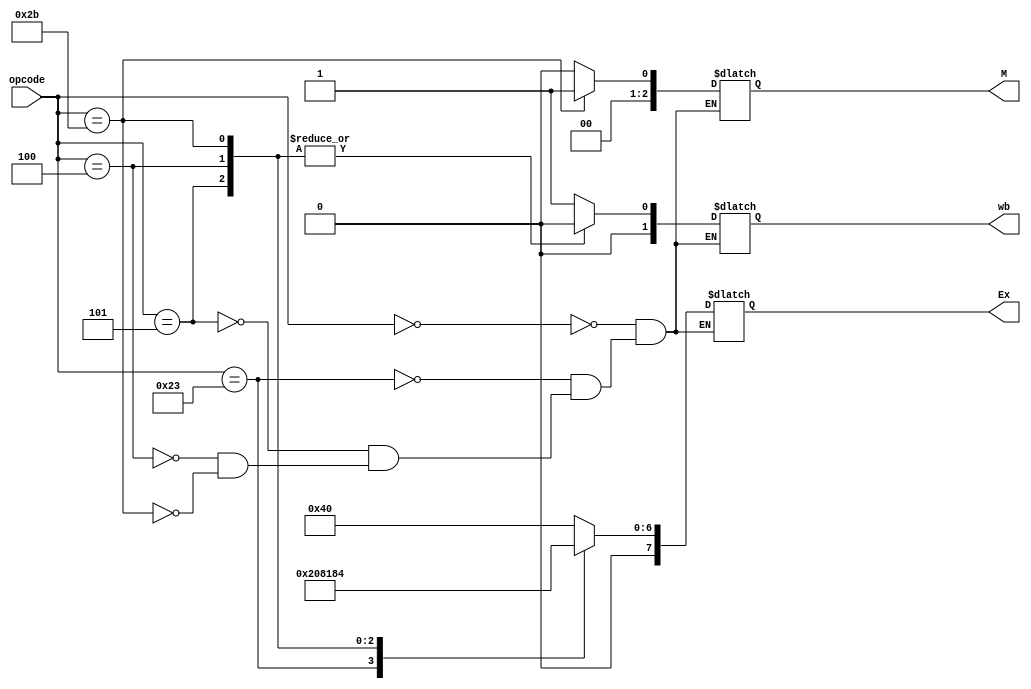
module control_unit(opcode,wb,M,Ex
    );
	 input [5:0] opcode;
	 output reg[1:0]wb;
	 output reg[2:0]M;
	 output reg[7:0]Ex;
	 always@(*)
	 begin
				case(opcode)
								
					6'b000000:begin
						wb={0,1};
						M=0;
						Ex={0,1,6'b000000};
						end
					6'b100011:begin
						wb={1,1};
						M={0,1,0};
						Ex={1,0,6'b000001};						
						end
					6'b000101:begin
						wb=0;
						M={1,0,0};
						Ex={0,0,6'b000010};
					
						end
					6'b000100:begin
						wb=0;
						M={1,0,0};
						Ex={0,0,6'b000011};
						end
					6'b101011 :begin
						wb=0;
						M={0,0,1};
						Ex={1,0,6'b000100};
						end
						
				endcase
	 end

endmodule